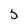
Character: 5